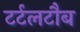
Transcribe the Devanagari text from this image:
टर्टलटौब